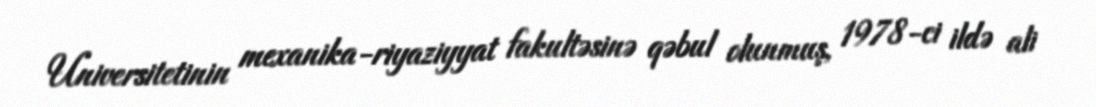
Universitetinin mexanika-riyaziyyat fakultəsinə qəbul olunmuş, 1978-ci ildə ali